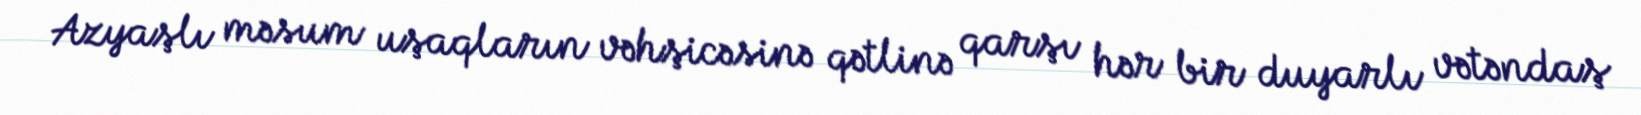
Azyaşlı məsum uşaqların vəhşicəsinə qətlinə qarşı hər bir duyarlı vətəndaş